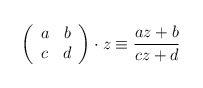
\begin{align*}\left(\begin{array}{cc} a & b\\ c & d\\ \end{array}\right)\cdot z\equiv\frac{az+b}{cz+d}\end{align*}